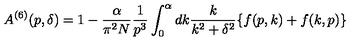
A ^ { ( 6 ) } ( p , \delta ) = 1 - \frac { \alpha } { \pi ^ { 2 } N } \frac { 1 } { p ^ { 3 } } \int _ { 0 } ^ { \alpha } d k \frac { k } { k ^ { 2 } + \delta ^ { 2 } } \{ f ( p , k ) + f ( k , p ) \}